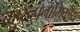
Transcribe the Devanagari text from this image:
बहुरूपनाभिकीय